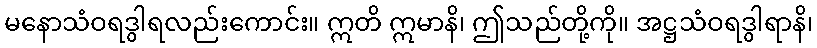
မနောသံဝရဒွါရလည်းကောင်း။ ဣတိ ဣမာနိ၊ ဤသည်တို့ကို။ အဋ္ဌသံဝရဒွါရာနိ၊